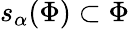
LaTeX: s_{\alpha}(\Phi)\subset\Phi